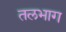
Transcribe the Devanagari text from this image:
तलभाग